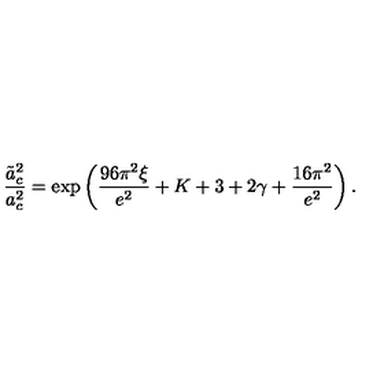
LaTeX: { \frac { \tilde { a } _ { c } ^ { 2 } } { a _ { c } ^ { 2 } } } = \exp \left( { \frac { 9 6 \pi ^ { 2 } \xi } { e ^ { 2 } } } + K + 3 + 2 \gamma + { \frac { 1 6 \pi ^ { 2 } } { e ^ { 2 } } } \right) .